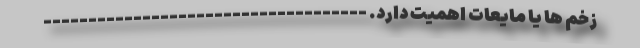
زخم ها یا مایعات اهمیت دارد. ------------------------------------